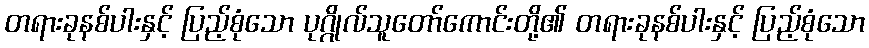
တရားခုနစ်ပါးနှင့် ပြည့်စုံသော ပုဂ္ဂိုလ်သူတော်ကောင်းတို့၏ တရားခုနစ်ပါးနှင့် ပြည့်စုံသော